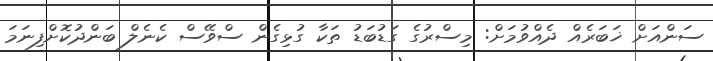
ސަންއަށް ޚަބަރެއް ދެއްވުމަށް: މިސްރުގެ ގަޑުބަޑު ތަކާ ގުޅިގެން ސްވޭސް ކެނެލް ބަންދުކޮށްފިނަމަ